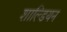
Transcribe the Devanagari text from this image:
शाल्डियन